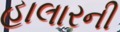
હાલારની